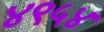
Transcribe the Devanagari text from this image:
४९५४